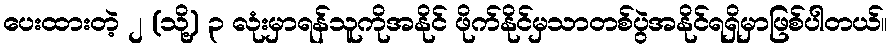
ပေးထားတဲ့ ၂ (သို့) ၃ လုံးမှာရန်သူကိုအနိုင် ဖိုက်နိုင်မှသာတစ်ပွဲအနိုင်ရရှိမှာဖြစ်ပါတယ်။